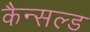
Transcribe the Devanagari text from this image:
कैन्सल्ड